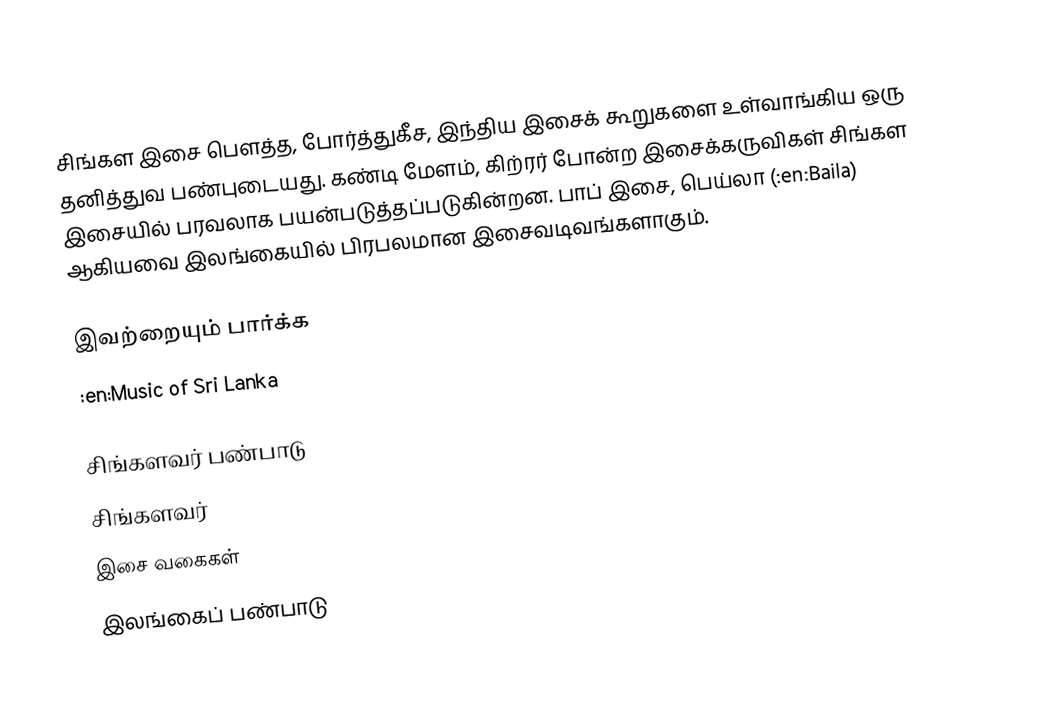
சிங்கள இசை பௌத்த, போர்த்துகீச, இந்திய இசைக் கூறுகளை உள்வாங்கிய ஒரு தனித்துவ பண்புடையது.  கண்டி மேளம், கிற்ரர் போன்ற இசைக்கருவிகள் சிங்கள இசையில் பரவலாக பயன்படுத்தப்படுகின்றன.  பாப் இசை, பெய்லா (:en:Baila) ஆகியவை இலங்கையில் பிரபலமான இசைவடிவங்களாகும்.

இவற்றையும் பார்க்க
 :en:Music of Sri Lanka

சிங்களவர் பண்பாடு
சிங்களவர்
இசை வகைகள்
இலங்கைப் பண்பாடு